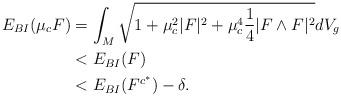
LaTeX: \begin{align*}E_{BI}(\mu_c F) & = \int_M \sqrt{ 1 + \mu_c^2 |F|^2 + \mu_c^4 \frac{1}{4} |F \wedge F|^2 } dV_g \\& < E_{BI}(F) \\& < E_{BI}(F^{c^*}) - \delta.\end{align*}